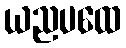
ယညပထေ